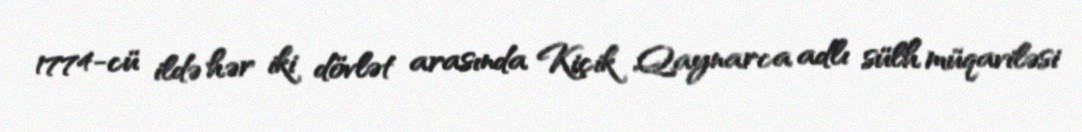
1774-cü ildə hər iki dövlət arasında Kiçik Qaynarca adlı sülh müqaviləsi